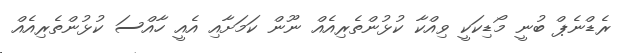
ރެޑްނެޕް ބުނީ މޯޑިކަކީ ވިއްކާ ކުޅުންތެރިއެއް ނޫން ކަމަށާއި އެއީ ހާއްސަ ކުޅުންތެރިއެއް